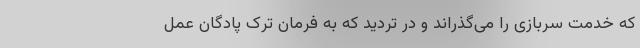
که خدمت سربازی را می‌گذراند و در تردید که به فرمان ترک پادگان عمل